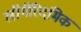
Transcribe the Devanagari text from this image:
लॉगॅरिदमिक